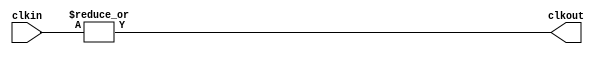
//#############################################################################
//# Function: Clock 'OR' gate                                                 #
//#############################################################################
//# Author:   Andreas Olofsson                                                #
//# License:  MIT (see LICENSE file in OH! repository)                        #
//#############################################################################

module oh_clockor
  #(parameter N    = 2,        // number of clock inputs)
    parameter SYN  = "TRUE",   // synthesizable (or not)
    parameter TYPE = "DEFAULT" // implementation type
    )
   (
    input [N-1:0] clkin, // clock input
    output 	  clkout // clock output
    );

   generate
      if(SYN == "TRUE") begin
	 assign clkout = |(clkin[N-1:0]);
      end
      else begin
	 asic_clockor #(.TYPE(TYPE),
			.N(N))
	 asic_clockor(// Outputs
		      .clkout		(clkout),
		      // Inputs
		      .clkin		(clkin[N-1:0]));
      end
   endgenerate
endmodule